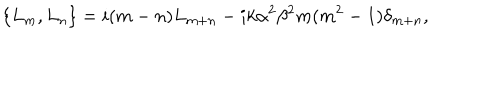
\left\{ L _ { m } , L _ { n } \right\} = i ( m - n ) L _ { m + n } - i k \alpha ^ { 2 } \beta ^ { 2 } m ( m ^ { 2 } - 1 ) \delta _ { m + n } ,